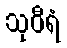
သုဝီရံ